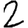
Digit: 2